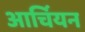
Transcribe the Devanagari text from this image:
आर्चियन